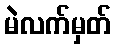
မဲလက်မှတ်